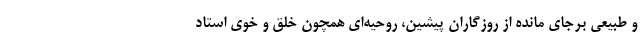
و طبیعیِ برجای مانده از روزگاران پیشین، روحیه‌ای همچون خلق و خوی استاد